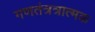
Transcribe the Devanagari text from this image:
गणतंत्रत्रात्मक